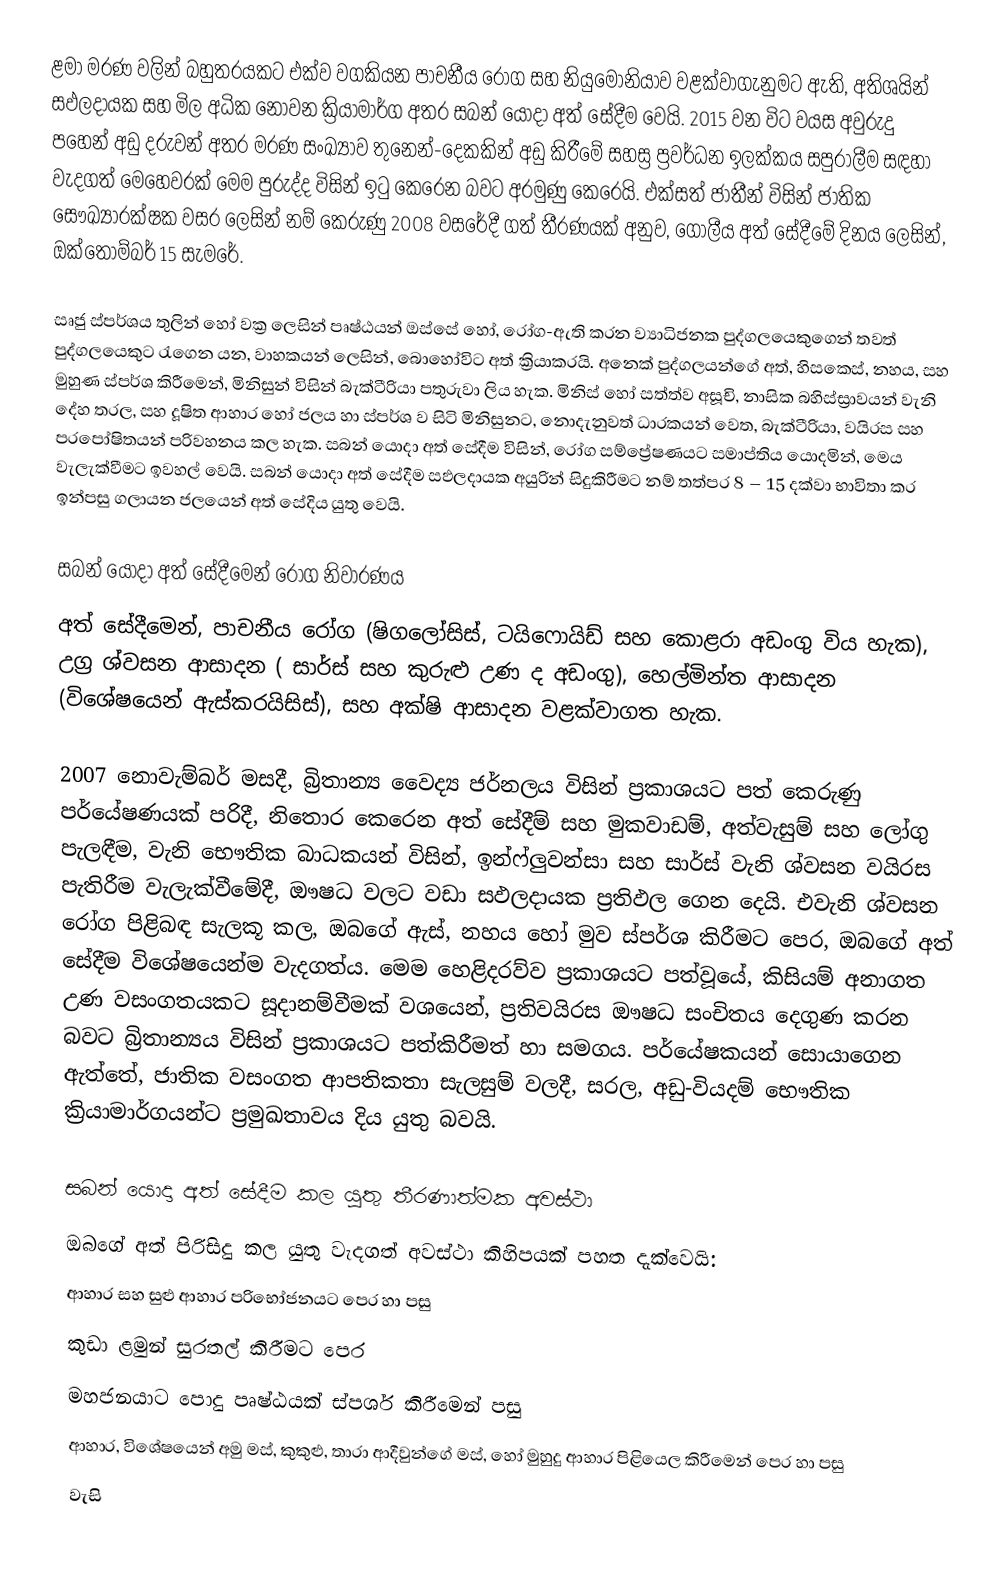
ළමා මරණ වලින් බහුතරයකට එක්ව වගකියන පාචනීය රෝග සහ නියුමෝනියාව වළක්වාගැනුමට ඇති, අතිශයින් සඵලදායක සහ මිල අධික නොවන ක්‍රියාමාර්ග අතර සබන් යොදා අත් සේදීම  වෙයි.  2015 වන විට වයස අවුරුදු පහෙන් අඩු දරුවන් අතර මරණ සංඛ්‍යාව තුනෙන්-දෙකකින් අඩු කිරීමේ සහස්‍ර ප්‍රවර්ධන ඉලක්කය සපුරාලීම සඳහා වැදගත් මෙහෙවරක් මෙම පුරුද්ද විසින් ඉටු කෙරෙන බවට අරමුණු කෙරෙයි.  එක්සත් ජාතීන් විසින් ජාතික සෞඛ්‍යාරක්ෂක වසර ලෙසින් නම් කෙරුණු 2008 වසරේදී ගත් තීරණයක් අනුව,  ගෝලීය අත් සේදීමේ දිනය  ලෙසින්,    ඔක්තොම්බර් 15 සැමරේ.

සෘජු ස්පර්ශය තුලින් හෝ වක්‍ර ලෙසින් පෘෂ්ඨයන් ඔස්සේ හෝ, රෝග-ඇති කරන ව්‍යාධිජනක  පුද්ගලයෙකුගෙන් තවත් පුද්ගලයෙකුට රැගෙන යන, වාහකයන් ලෙසින්, බොහෝවිට අත් ක්‍රියාකරයි.  අනෙක් පුද්ගලයන්ගේ අත්, හිසකෙස්, නහය, සහ මුහුණ ස්පර්ශ කිරීමෙන්, මිනිසුන් විසින් බැක්ටීරියා පතුරුවා ලිය හැක. මිනිස් හෝ සත්ත්ව අසූචි, නාසික බහිස්ස්‍රාවයන් වැනි දේහ තරල, සහ දූෂිත ආහාර හෝ ජලය හා ස්පර්ශ ව සිටි මිනිසුනට,  නොදැනුවත්  ධාරකයන් වෙත, බැක්ටීරියා, වයිරස සහ පරපෝෂිතයන් පරිවහනය කල හැක. සබන් යොදා අත් සේදීම විසින්, රෝග  සම්ප්‍රේෂණයට සමාප්තිය යොදමින්,   මෙය වැලැක්වීමට ඉවහල් වෙයි.  සබන් යොදා අත් සේදීම සඵලදායක අයුරින් සිදුකිරීමට නම් තත්පර 8 – 15 දක්වා භාවිතා කර ඉන්පසු ගලායන ජලයෙන් අත් සේදිය යුතු වෙයි.

සබන් යොදා අත් සේදීමෙන් රෝග නිවාරණය
අත් සේදීමෙන්, පාචනීය රෝග (ෂිගලෝසිස්, ටයිෆොයිඩ් සහ කොළරා අඩංගු විය හැක), උග්‍ර ශ්වසන ආසාදන ( සාර්ස් සහ කුරුළු උණ ද අඩංගු), හෙල්මින්ත ආසාදන (විශේෂයෙන් ඇස්කරයිසිස්), සහ අක්ෂි ආසාදන වළක්වාගත හැක.

2007 නොවැම්බර් මසදී, බ්‍රිතාන්‍ය වෛද්‍ය ජර්නලය විසින් ප්‍රකාශයට පත් කෙරුණු පර්යේෂණයක් පරිදී, නිතොර කෙරෙන අත් සේදීම් සහ මුකවාඩම්, අත්වැසුම් සහ  ලෝගු පැලඳීම, වැනි භෞතික බාධකයන් විසින්, ඉන්ෆ්ලුවන්සා සහ සාර්ස් වැනි ශ්වසන වයිරස පැතිරීම වැලැක්වීමේදී, ඖෂධ වලට වඩා සඵලදායක ප්‍රතිඵල ගෙන දෙයි. එවැනි ශ්වසන රෝග පිළිබඳ සැලකූ කල, ඔබගේ ඇස්, නහය හෝ මුව ස්පර්ශ කිරීමට පෙර, ඔබගේ අත් සේදීම විශේෂයෙන්ම වැදගත්ය. මෙම හෙළිදරව්ව ප්‍රකාශයට පත්වූයේ, කිසියම් අනාගත උණ වසංගතයකට සූදානම්වීමක් වශයෙන්, ප්‍රතිවයිරස ඖෂධ සංචිතය දෙගුණ කරන බවට බ්‍රිතාන්‍යය විසින් ප්‍රකාශයට පත්කිරීමත් හා සමගය. පර්යේෂකයන් සොයාගෙන ඇත්තේ, ජාතික  වසංගත ආපතිකතා සැලසුම් වලදී, සරල, අඩු-වියදම් භෞතික ක්‍රියාමාර්ගයන්ට ප්‍රමුඛතාවය දිය යුතු බවයි.

සබන් යොදා අත් සේදීම කල යුතු තීරණාත්මක අවස්ථා
ඔබගේ අත් පිරිසිදු කල යුතු වැදගත් අවස්ථා කිහිපයක් පහත දැක්වෙයි:
 ආහාර සහ සුළු ආහාර පරිභෝජනයට පෙර හා පසු
 කුඩා ළමුන් සුරතල් කිරීමට පෙර
 මහජනයාට පොදු පෘෂ්ඨයක් ස්පර්ශ කිරීමෙන් පසු
 ආහාර, විශේෂයෙන් අමු මස්, කුකුළු, තාරා ආදීවුන්ගේ මස්, හෝ මුහුදු ආහාර පිළියෙල කිරීමෙන් පෙර හා පසු
 වැසි